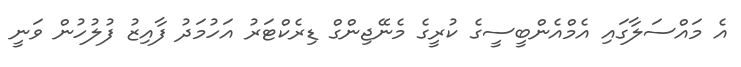
އެ މައްސަލާގައި އެމްއެންބީސީގެ ކުރީގެ މެނޭޖިންގް ޑިރެކްޓަރު އަހުމަދު ފާއިޒު ފުލުހުން ވަނީ